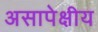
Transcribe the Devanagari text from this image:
असापेक्षीय